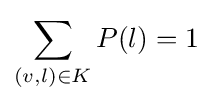
\sum _{(v,l)\in K}P(l)=1